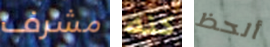
مشرف كنه ألحظ